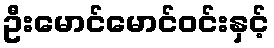
ဦးမောင်မောင်ဝင်းနှင့်